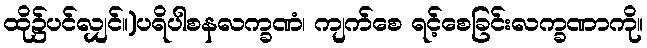
ထို၌ပင်လျှင်။)ပရိပါစနလက္ခဏံ၊ ကျက်စေ ရင့်စေခြင်းလက္ခဏာကို။